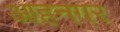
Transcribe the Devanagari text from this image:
आहनगर